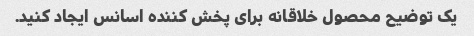
یک توضیح محصول خلاقانه برای پخش کننده اسانس ایجاد کنید.